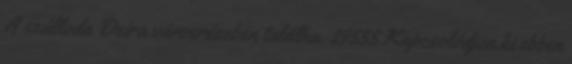
A szálloda Deira városrészben találha. 29555 Kapcsolódjon ki ebben